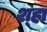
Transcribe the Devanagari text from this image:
श्हा